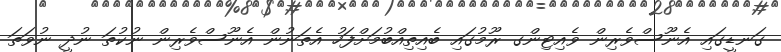
ގަނޑީގައި އެނޫސްވެރިން ވެއިޓިންގ ރޫމުގައި ބެއިތިއްބުމަށްފަހު އެތަނުން އެނޫސްވެރިން ނުކުތަ ނުދީ ނުވަތަ